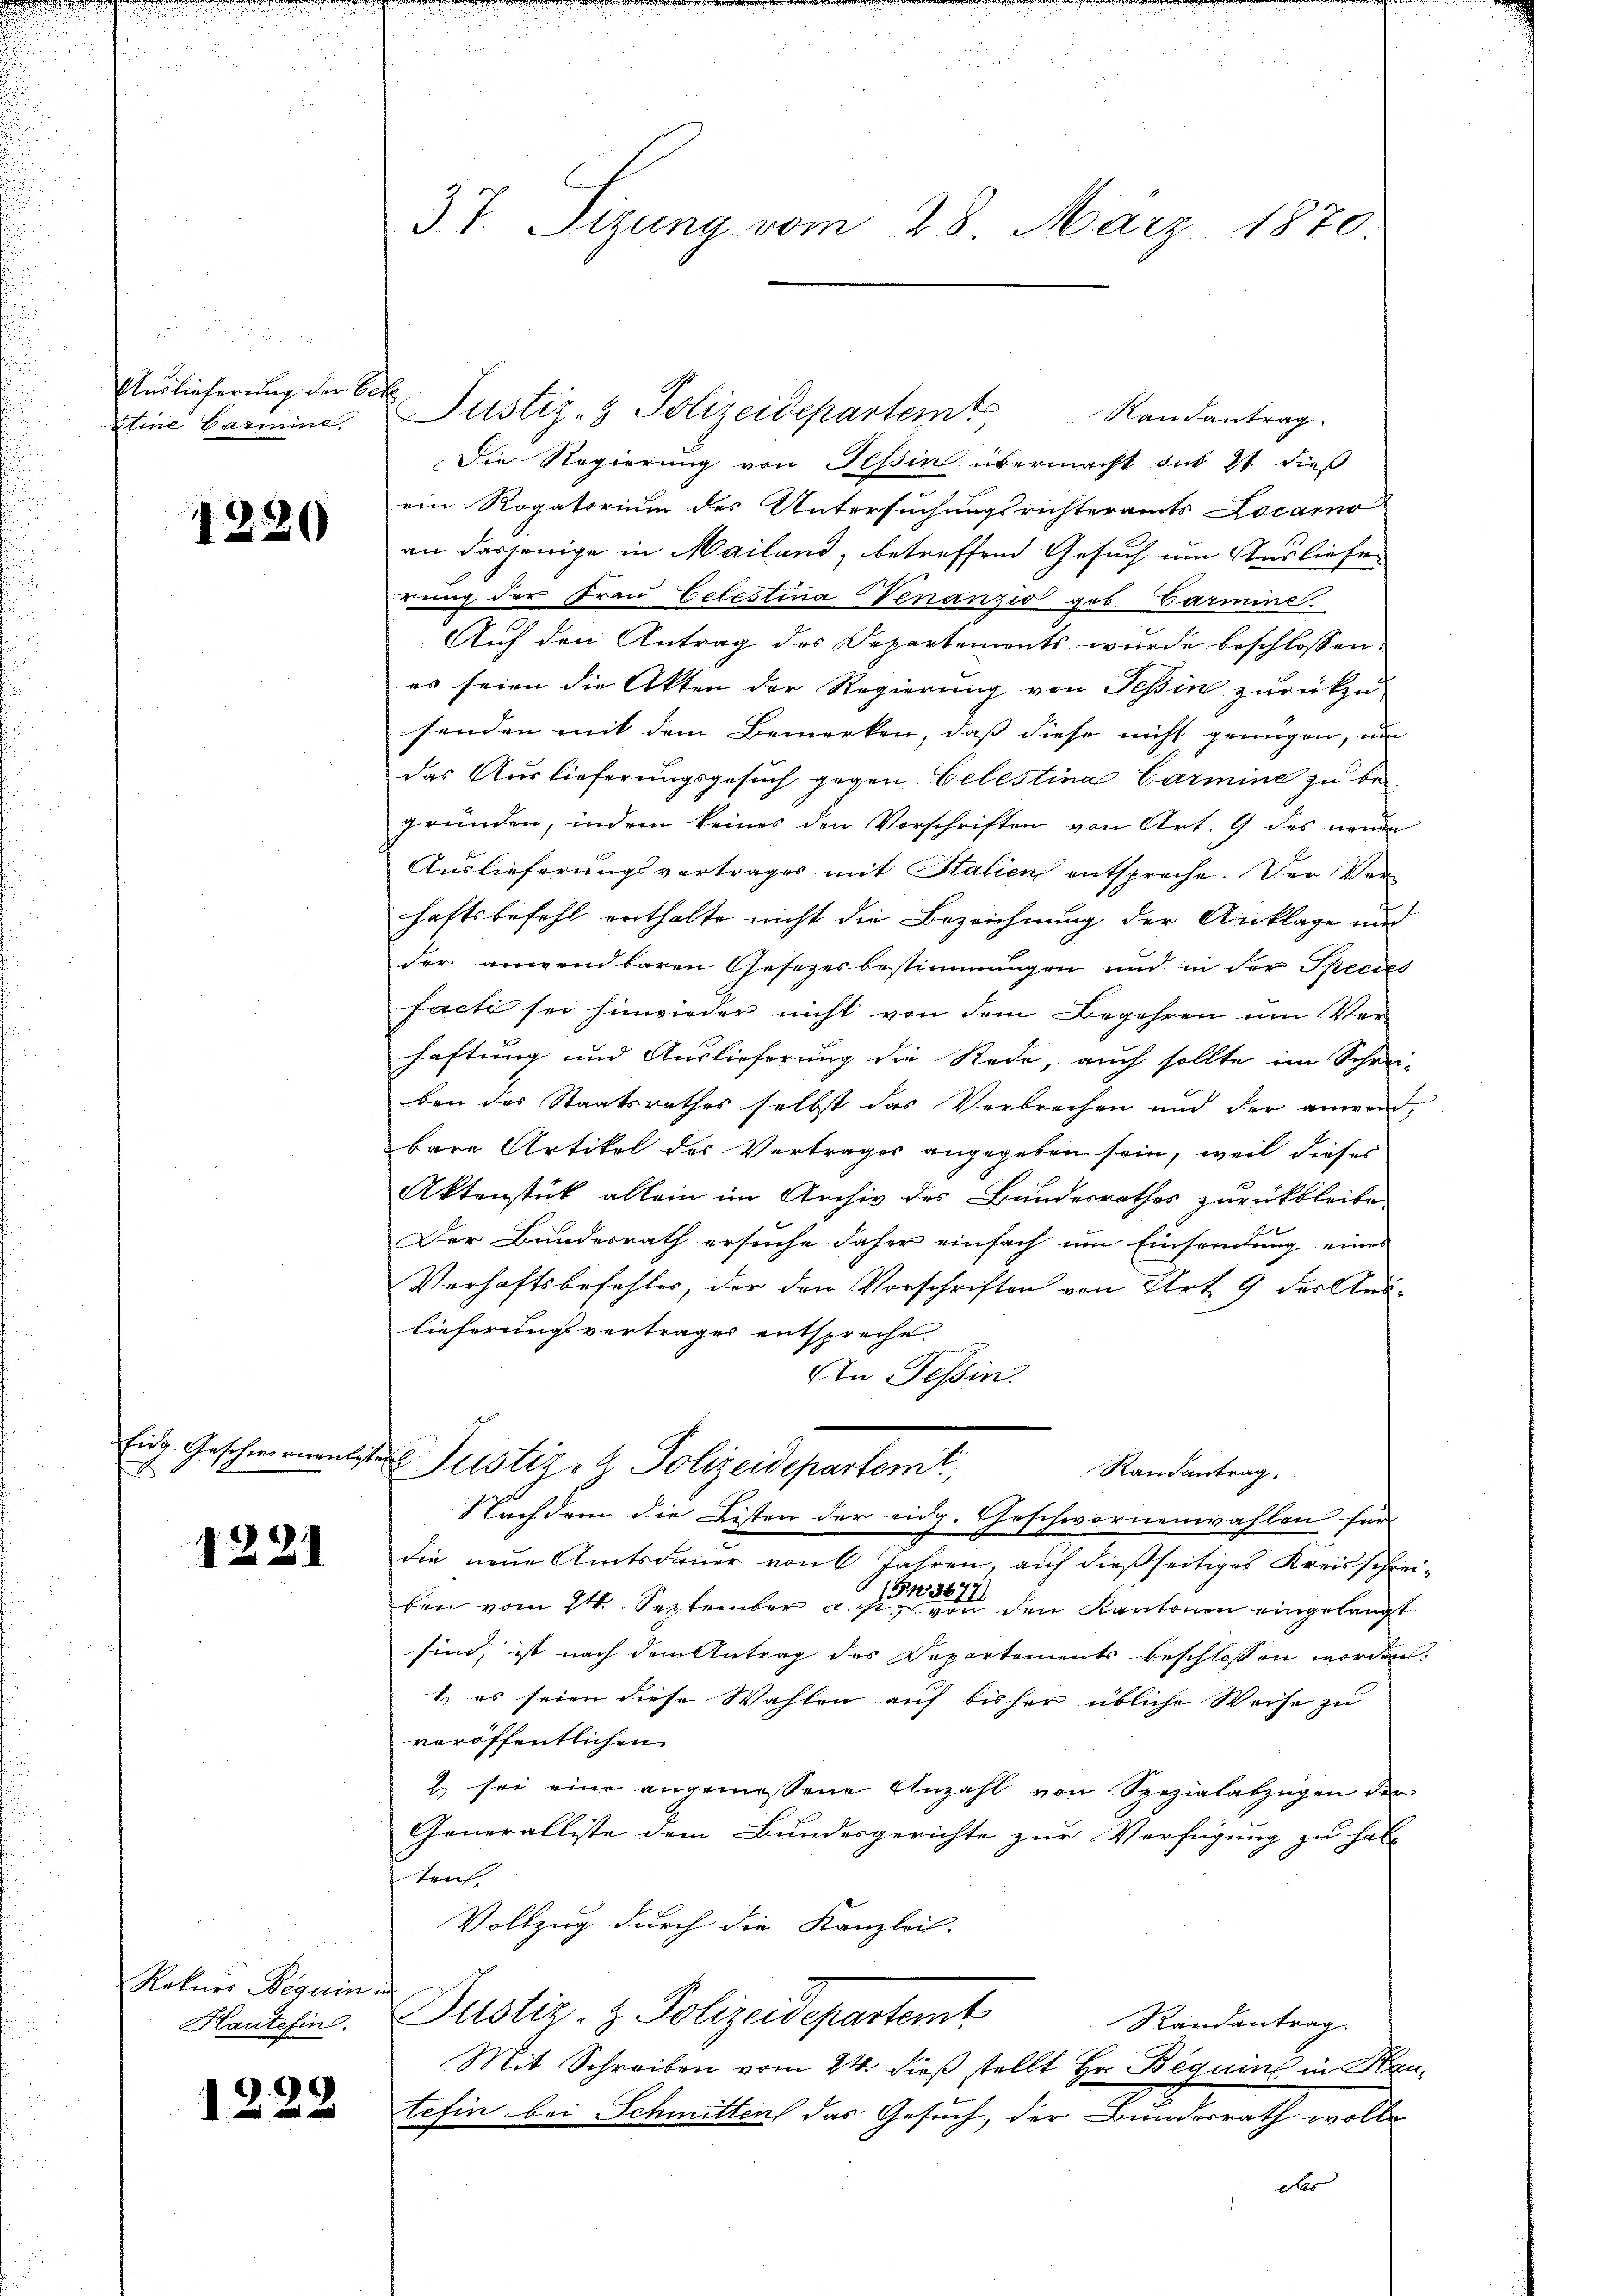
,
Auslieferung der Bete
xtine Garmine

1220

Eidg. Geschwornen
E

1221

1
Rekurs Begerin in
Kautefin.

1222

37. Sizung vom 28. März 1870

Justiz- & Polizeidepartem Randantrag.
Die Regierung von Tessin übermacht sub 21 dieß
ein Rogatorium des Untersuchungsrichteramts Locarno
an dasjenige in Mailand, betreffend Gesuch um Ausliefer
dung der Frau Celestina enanzio geb. Carmine
Auf den Antrag des Departements wurde beschlossen:
es seien die Akten der Regierung von Teßin zurückzusenden mit dem Bemerken, daß diese nicht genügen, um
das Auslieferungsgesuch gegen Celestina Carmine zu begründen, indem keines den Vorschriften von Art. 9 des neuen
Auslieferungsvertrages mit Stalien entspreche. Der Verhaftsbefehl enthalte nicht die Bezeichnung der Anklage unt
der anwendbaren Gesetzesbestimmungen und in der Species
fach sei hinwieder nicht von dem Begehren um Ver-
haftung und Auslieferung die Rede, auch sollte im Schrei-
ben des Staatsrathes selbst das Verbrechen und der anwend,
bare Artikel des Vertrages angegeben sein, weil dieses
Aktenstück allein im Archiv des Bundesrathes zurückbleibe
Der Bundesrath ersuche daher einfach um Einsendung eines
Verhaftsbefehler, der den Vorschriften von Art. 9. des Auslieferungsvertrages entspreche.
An Tessin.
 Justiz- & Polizeidepartemt,
Randantrag.
Nachdem die Listen der eidg. Geschwornenwahlen für
die neue Amtsdauer von 6 Jahren, auf dießseitiges Kreisschreiben vom 24. September a. in den Kantonen eingelangt
sind, ist nach dem Antrag des Departements beschlossen worden.
1) es seien diese Wahlen auf bisher übliche Weise zu
veröffentlichen
2. sei eine angemessene Anzahl von Spezialabzügen der
Generalliste dem Bundesgerichte zur Verfügung zu halt
ten.
Vollzug durch die Kanzlei-
Justiz- & Polizeidepartemt
Randantrag.
Mit Schreiben vom 24. dieß stellt Hr. Beguins in Hautefin bei Schmitten das Gesuch, der Bunderrath wolle
as